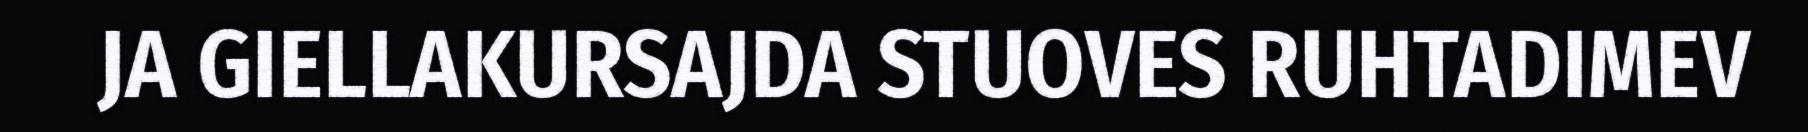
JA GIELLAKURSAJDA STUOVES RUHTADIMEV